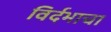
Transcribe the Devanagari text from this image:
विर्दभाचा